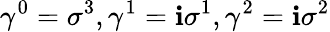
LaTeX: {\gamma}^{0}={\sigma}^{3},{\gamma}^{1}=\mathbf{i}{\sigma}^{1},{\gamma}^{2}=\mathbf{i}{\sigma}^{2}